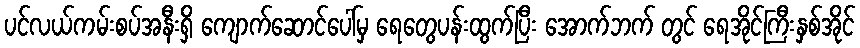
ပင်လယ်ကမ်းစပ်အနီးရှိ ကျောက်ဆောင်ပေါ်မှ ရေတွေပန်းထွက်ပြီး အောက်ဘက် တွင် ရေအိုင်ကြီးနှစ်အိုင်